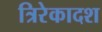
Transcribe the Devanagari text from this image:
त्रिरेकादश